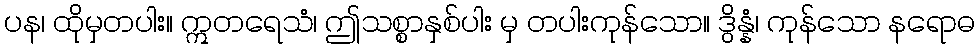
ပန၊ ထိုမှတပါး။ ဣတရေသံ၊ ဤသစ္စာနှစ်ပါး မှ တပါးကုန်သော။ ဒွိန္နံ၊ ကုန်သော နရောဓ